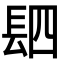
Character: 䦉